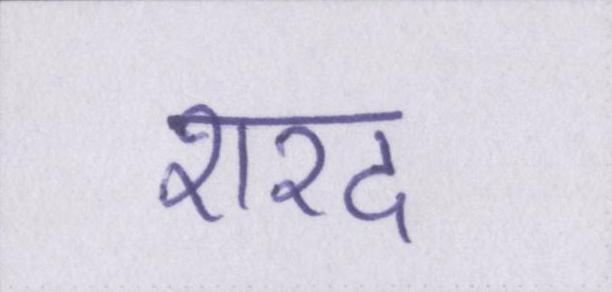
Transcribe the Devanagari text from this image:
शरद